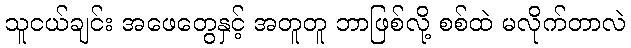
သူငယ်ချင်း အဖေတွေနှင့် အတူတူ ဘာဖြစ်လို့ စစ်ထဲ မလိုက်တာလဲ